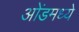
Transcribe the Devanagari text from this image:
ओंडमध्ये